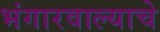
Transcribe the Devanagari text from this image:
भंगारवाल्याचे